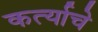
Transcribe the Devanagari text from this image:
कर्त्याचे